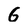
Character: G